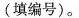
(填编号)。